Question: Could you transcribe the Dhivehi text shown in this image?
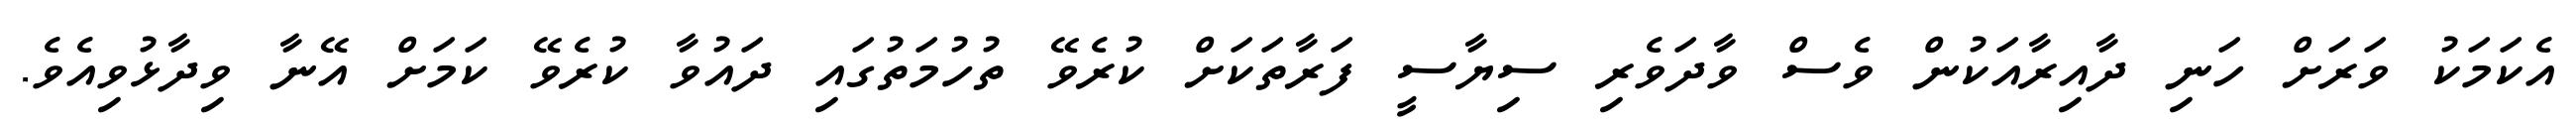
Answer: އެކަމަކު ވަރަށް ހަނި ދާއިރާއަކުން ވެސް ވާދަވެރި ސިޔާސީ ފަރާތަކަށް ކުރެވޭ ތުހުމަތުގައި ދައުވާ ކުރެވޭ ކަމަށް އޭނާ ވިދާޅުވިއެވެ.